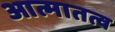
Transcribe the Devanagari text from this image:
आत्मातत्व